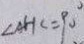
\angle A H C = 9 0 ^ { \circ }